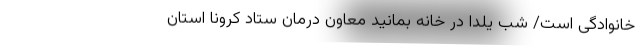
خانوادگی است/ شب یلدا در خانه بمانید معاون درمان ستاد کرونا استان